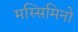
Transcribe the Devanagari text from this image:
मस्सिमिनो